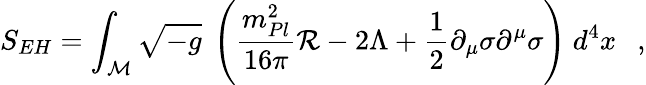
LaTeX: S_{EH}=\int_{\cal M}\sqrt{-g}~\left({\frac{m_{Pl}^{2}}{16\pi}}{\cal R}-2\Lambda+{\frac{1}{2}}\partial_{\mu}\sigma\partial^{\mu}\sigma\right)~d^{4}x~~~,